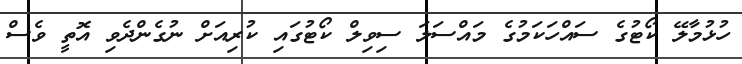
ހުޅުމާލޭ ކޯޓުގެ ސައްހަކަމުގެ މައްސަލަ ސިވިލް ކޯޓުގައި ކުރިއަށް ނުގެންދެވި އޮތީ ވެސް